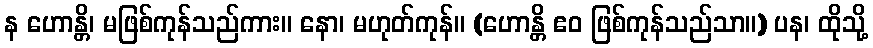
န ဟောန္တိ၊ မဖြစ်ကုန်သည်ကား။ နော၊ မဟုတ်ကုန်။ (ဟောန္တိ ဧဝ ဖြစ်ကုန်သည်သာ။) ပန၊ ထိုသို့